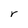
Character: r